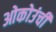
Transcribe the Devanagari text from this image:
ओकोउंची